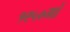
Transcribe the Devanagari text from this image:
१९५०मां